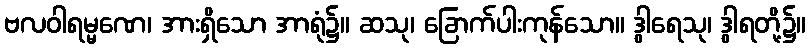
ဗလဝါရမ္မဏေ၊ အားရှိသော အာရုံ၌။ ဆသု၊ ခြောက်ပါးကုန်သော။ ဒွါရေသု၊ ဒွါရတို့၌။